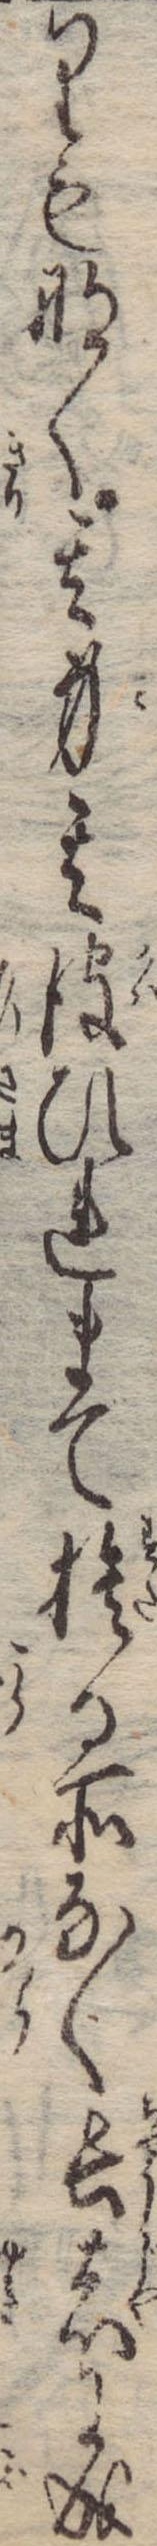
りもなく其身其皮ひれまで捨る所なく長者に成